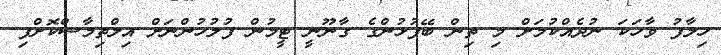
ހިލާފު ވާހަކަ ނުދެއްކުމަށް މި ތިން ބޭފުޅުންގެ ގާނޫނީ ޓީމުން ފުލުހުންނަށް އިލްތިމާސްކޮށްފި